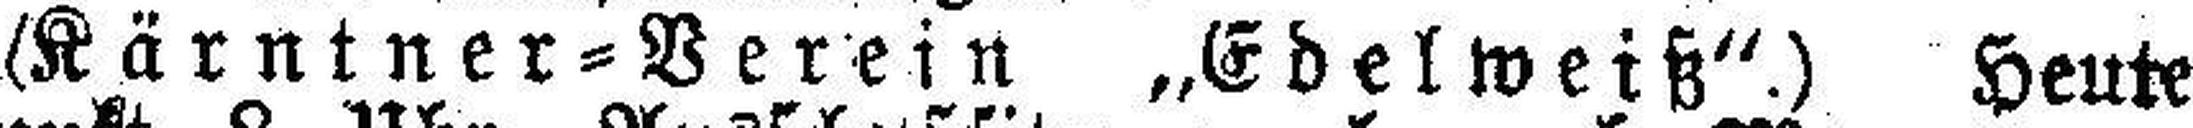
(Kärntner=Verein „Edelweiß“.) Heute